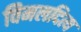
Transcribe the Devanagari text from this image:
विमलदित्य